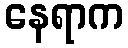
နေရာက